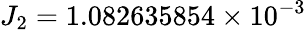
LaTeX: J_{2}=1.082635854\times 10^{-3}